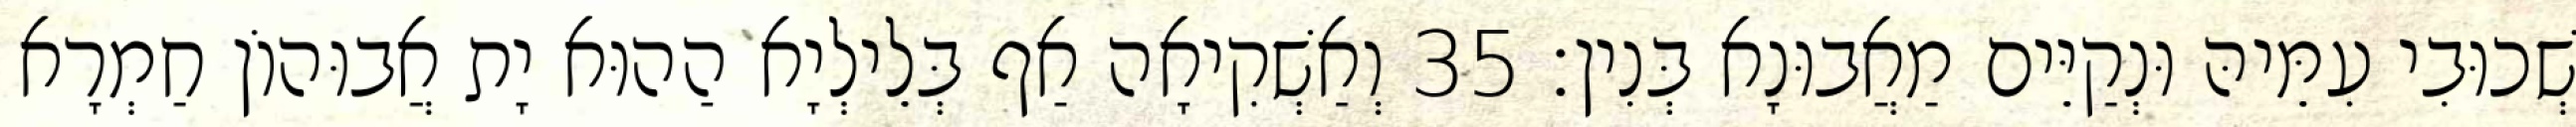
שְׁכוּבִי עִמֵּיהּ וּנְקַיֵּים מַאֲבוּנָא בְּנִין׃ 35 וְאַשְׁקִיאָה אַף בְּלֵילְיָא הַהוּא יָת אֲבוּהוֹן חַמְרָא